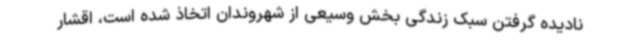
نادیده گرفتن سبک زندگی بخش وسیعی از شهروندان اتخاذ شده است، اقشار